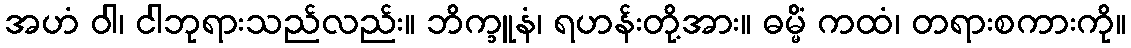
အဟံ ဝါ၊ ငါဘုရားသည်လည်း။ ဘိက္ခူနံ၊ ရဟန်းတို့အား။ ဓမ္မိံ ကထံ၊ တရားစကားကို။